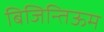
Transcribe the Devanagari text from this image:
बिजिन्तिऊम